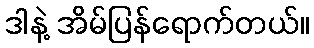
ဒါနဲ့ အိမ်ပြန်ရောက်တယ်။